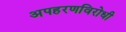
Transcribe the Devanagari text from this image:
अपहरणविरोधी